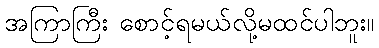
အကြာကြီး စောင့်ရမယ်လို့မထင်ပါဘူး။